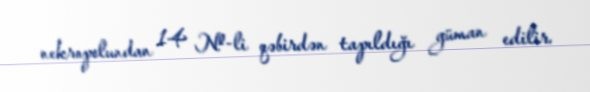
nekropolundan 14 №-li qəbirdən tapıldığı güman edilir.